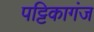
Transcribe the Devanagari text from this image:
पट्टिकागंज